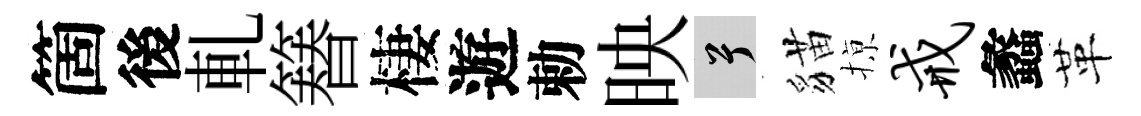
箇後軋簮棲遊勅映兮貓𢱊戒蠡革